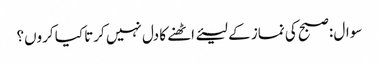
سوال :صبح کی نماز کے لیئے اٹھنے کا دل نہیں کرتا کیا کروں؟